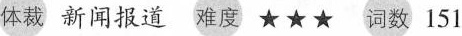
体裁 新闻报告 难度 ★★★ 词数 151